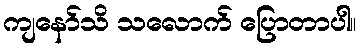
ကျနော်သိ သလောက် ပြောတာပါ။